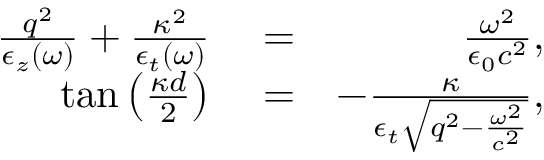
\begin{array} { r l r } { \frac { q ^ { 2 } } { \epsilon _ { z } ( \omega ) } + \frac { \kappa ^ { 2 } } { \epsilon _ { t } ( \omega ) } } & { { } = } & { \frac { \omega ^ { 2 } } { \epsilon _ { 0 } c ^ { 2 } } , } \\ { \tan \left( \frac { \kappa d } { 2 } \right) } & { { } = } & { - \frac { \kappa } { \epsilon _ { t } \sqrt { q ^ { 2 } - \frac { \omega ^ { 2 } } { c ^ { 2 } } } } , } \end{array}